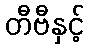
တီဗီနှင့်